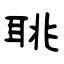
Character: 聎